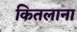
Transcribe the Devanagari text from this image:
कितलाना